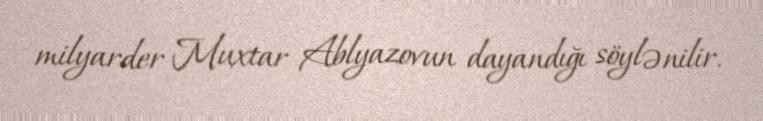
milyarder Muxtar Ablyazovun dayandığı söylənilir.